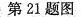
第21题图